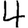
Digit: 4